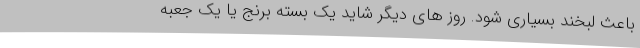
باعث لبخند بسیاری شود. روز های دیگر شاید یک بسته برنج یا یک جعبه